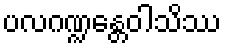
ပလဂဏ္ဍန္တေဝါသိဿ